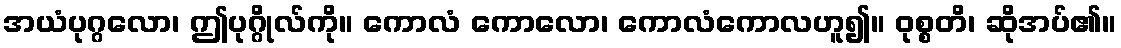
အယံပုဂ္ဂလော၊ ဤပုဂ္ဂိုလ်ကို။ ကောလံ ကောလော၊ ကောလံကောလဟူ၍။ ဝုစ္စတိ၊ ဆိုအပ်၏။